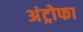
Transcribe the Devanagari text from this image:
अंट्रोफा